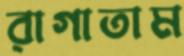
রাগাতাম